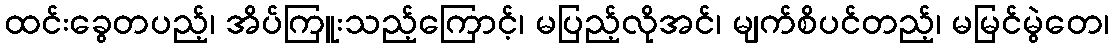
ထင်းခွေတပည့်၊ အိပ်ကြူးသည့်ကြောင့်၊ မပြည့်လိုအင်၊ မျက်စိပင်တည့်၊ မမြင်မွဲတေ၊